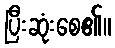
ပြီးဆုံးစေ၏။